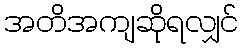
အတိအကျဆိုရလျှင်